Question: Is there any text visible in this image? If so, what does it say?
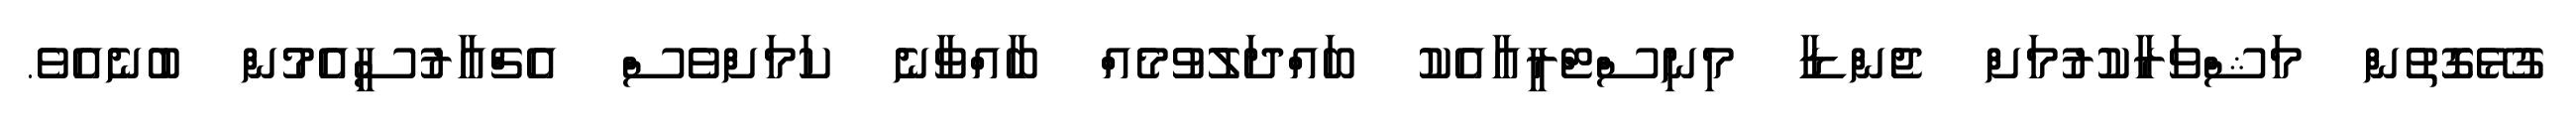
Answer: ގުޅޭގޮތުން މަޝްވަރާކުރުމަށް ޖެންޑާ މިނިސްޓްރީއާއެކު ބައްދަލުވުމެއް ބާއްވާނެ ކަމަށްވެސް އެޗްއާރުސީއެމުން ބުނެއެވެ.